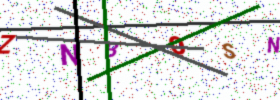
Text: ZNBOSN